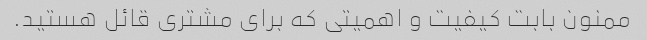
ممنون بابت کیفیت و اهمیتی که برای مشتری قائل هستید.